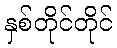
နှစ်တိုင်တိုင်